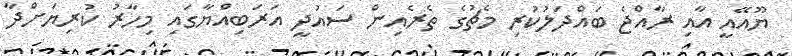
ޔޫއޭއީ އާއި ރާއްޖެ ބައްދަލުކުރި މެޗުގެ ތެރެއިން ސައުދީ އަރަބިއްޔާގައި މިހާރު ކުރިޔަށްދާ